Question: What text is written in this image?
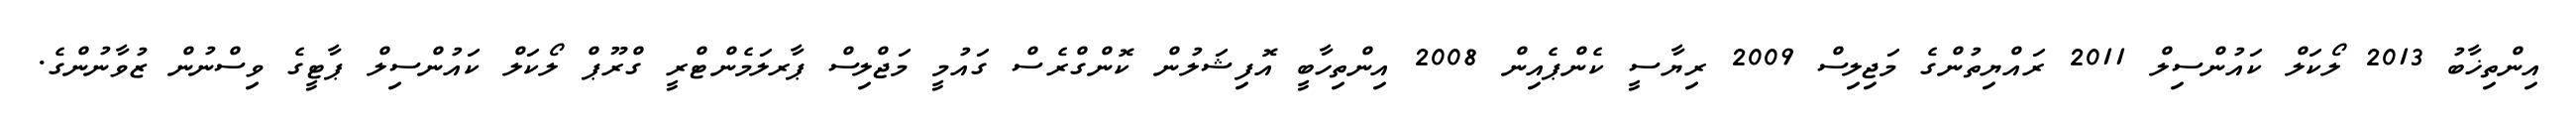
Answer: އިންތިޚާބު 2013 ލޯކަލް ކައުންސިލް 2011 ރައްޔިތުންގެ މަޖިލިސް 2009 ރިޔާސީ ކެންޕެއިން 2008 އިންތިހާބީ އޮފިޝަލުން ކޮންގްރެސް ގައުމީ މަޖްލިސް ޕާރލަމެންޓްރީ ގްރޫޕް ލޯކަލް ކައުންސިލް ޕާޓީގެ ވިސްނުން ޒުވާނުންގެ.